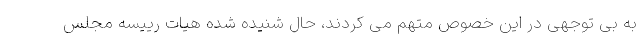
به بى توجهى در اين خصوص متهم مى كردند، حال شنيده شده هيات رييسه مجلس